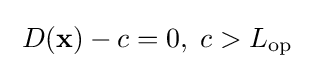
\;D(\mathbf {x} )-c=0,\;c>L_{\text{op}}\;